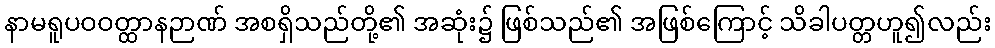
နာမရူပဝဝတ္ထာနဉာဏ် အစရှိသည်တို့၏ အဆုံး၌ ဖြစ်သည်၏ အဖြစ်ကြောင့် သိခါပတ္တဟူ၍လည်း